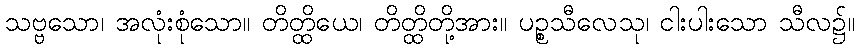
သဗ္ဗသော၊ အလုံးစုံသော။ တိတ္ထိယေ၊ တိတ္ထိတို့အား။ ပဉ္စသီလေသု၊ ငါးပါးသော သီလ၌။